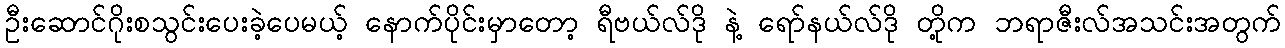
ဦးဆောင်ဂိုးစသွင်းပေးခဲ့ပေမယ့် နောက်ပိုင်းမှာတော့ ရီဗယ်လ်ဒို နဲ့ ရော်နယ်လ်ဒို တို့က ဘရာဇီးလ်အသင်းအတွက်